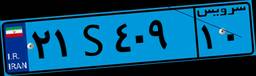
۲۱S۴۰۹۱۰